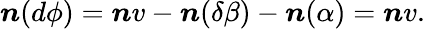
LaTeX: \boldsymbol{n}(d\phi)=\boldsymbol{n}v-\boldsymbol{n}(\delta\beta)-\boldsymbol{n}(\alpha)=\boldsymbol{n}v.